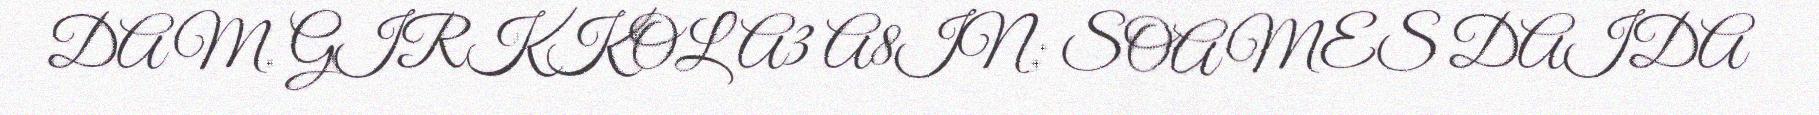
DAM. GIRKKOLA3 A8IN; SOAMES DAIDA